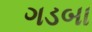
ગડબા